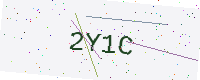
Text: 2Y1C